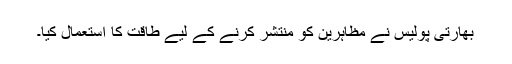
بھارتی پولیس نے مظاہرین کو منتشر کرنے کے لیے طاقت کا استعمال کیا۔